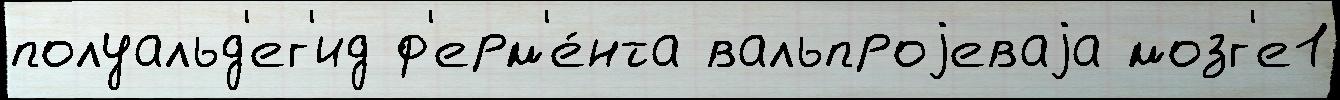
полуальд'ег'ид ф'ерм'е́нта вальпроjеваjа мозг'е1